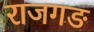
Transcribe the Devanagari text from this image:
राजगङ